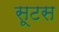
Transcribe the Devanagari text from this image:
सूटस